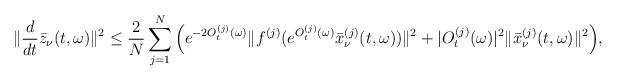
LaTeX: \begin{align*}\|\frac{d}{dt}\bar{z}_\nu(t,\omega)\|^2\leq\frac{2}{N}\sum\limits_{j=1}^{N}\Big(e^{-2O_t^{(j)}(\omega)}\|f^{(j)}(e^{O_t^{(j)}(\omega)}\bar{x}_\nu^{(j)}(t,\omega))\|^2+|O_t^{(j)}(\omega)|^2\|\bar{x}_\nu^{(j)}(t,\omega)\|^2\Big),\end{align*}